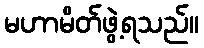
မဟာမိတ်ဖွဲ့ရသည်။